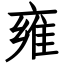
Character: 雍